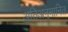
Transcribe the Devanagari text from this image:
अतिअनुमानित